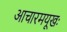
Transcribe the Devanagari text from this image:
आचारमयूखः